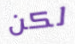
لكن